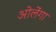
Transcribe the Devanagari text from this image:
ओलेंगा